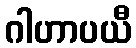
ဂါဟာပယီ